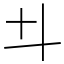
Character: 𠥼